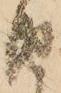
由